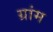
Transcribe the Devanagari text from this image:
ग्रांम